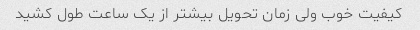
کیفیت خوب ولی زمان تحویل بیشتر از یک ساعت طول کشید